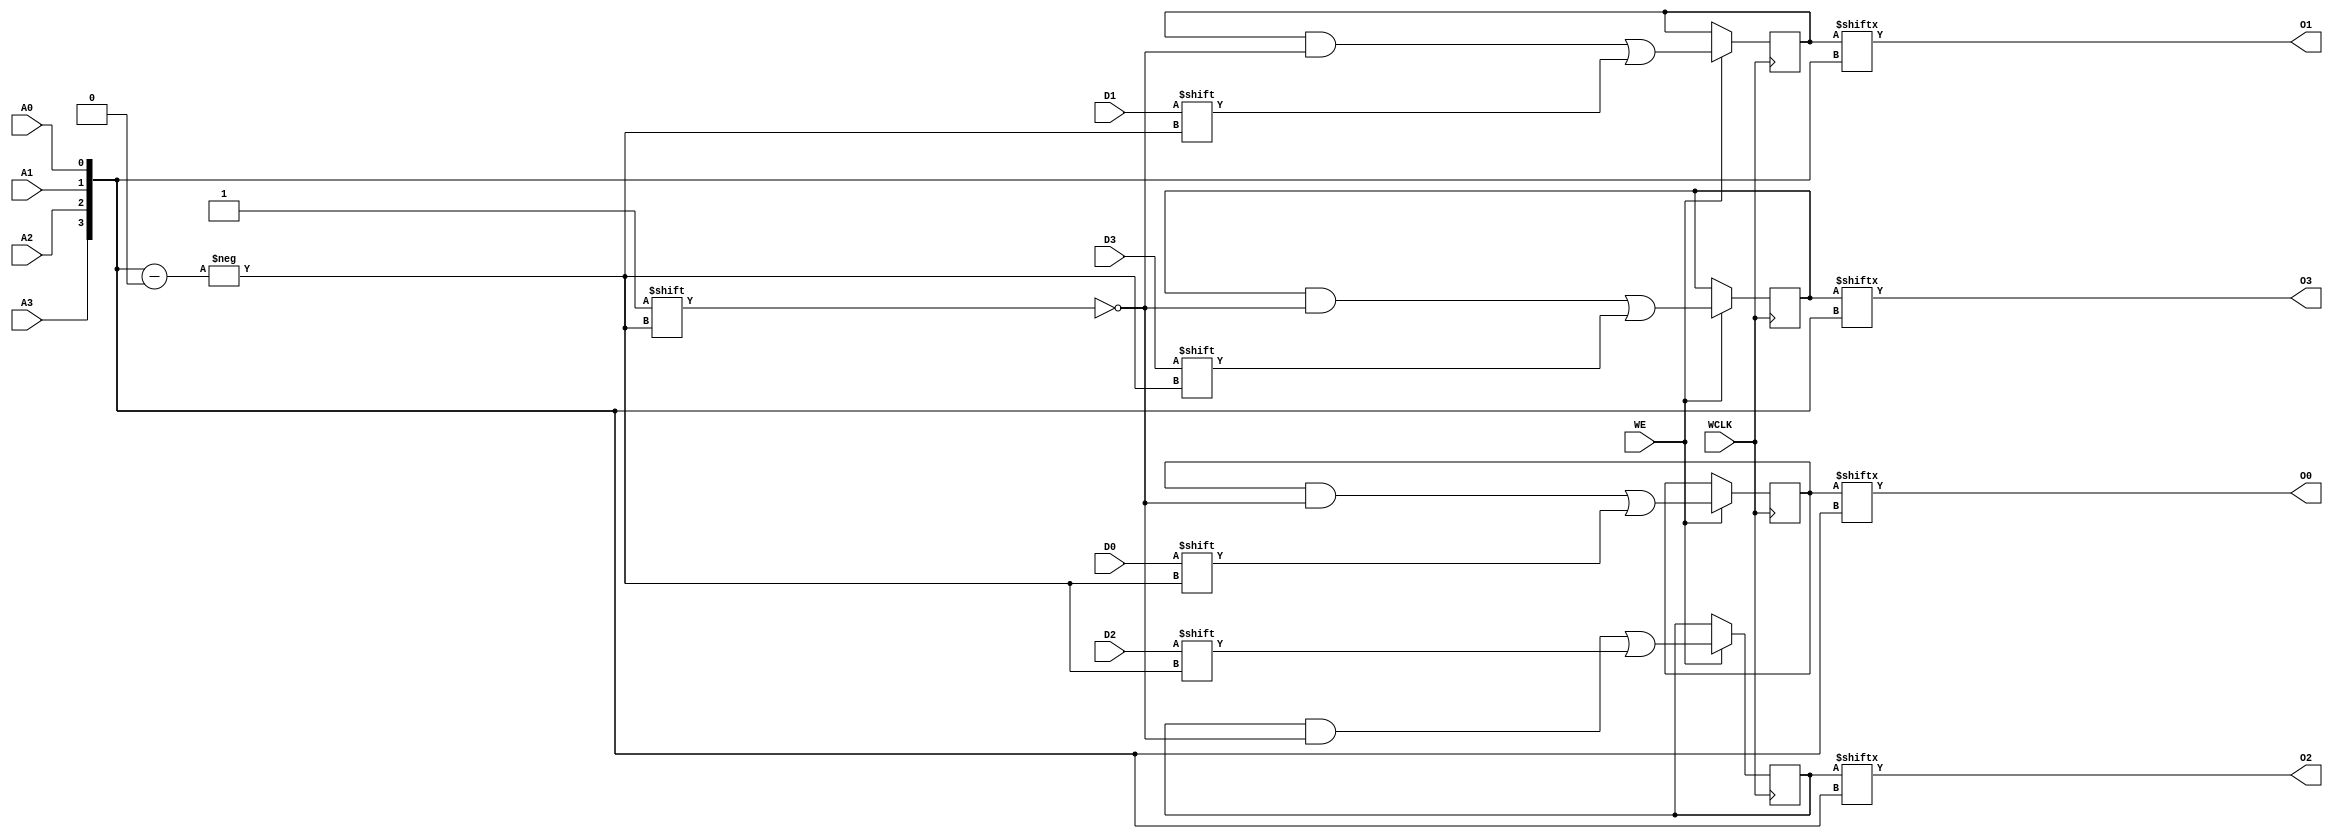
module RAM16X4S (O0, O1, O2, O3, A0, A1, A2, A3, D0, D1, D2, D3, WCLK, WE);

    parameter INIT_00 = 16'h0000;
    parameter INIT_01 = 16'h0000;
    parameter INIT_02 = 16'h0000;
    parameter INIT_03 = 16'h0000;

    output O0, O1, O2, O3;

    input  A0, A1, A2, A3, D0, D1, D2, D3, WCLK, WE;

    reg  [15:0] mem0;
    reg  [15:0] mem1;
    reg  [15:0] mem2;
    reg  [15:0] mem3;

    wire [3:0] adr;

    assign adr = {A3, A2, A1, A0};
    assign O0 = mem0[adr];
    assign O1 = mem1[adr];
    assign O2 = mem2[adr];
    assign O3 = mem3[adr];

    initial  begin
        mem0 = INIT_00;
        mem1 = INIT_01;
        mem2 = INIT_02;
        mem3 = INIT_03;
    end

    always @(posedge WCLK) 
        if (WE == 1'b1) begin
            mem0[adr] <= #100 D0;
            mem1[adr] <= #100 D1;
            mem2[adr] <= #100 D2;
            mem3[adr] <= #100 D3;
        end

endmodule